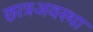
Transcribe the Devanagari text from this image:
छात्रअवस्था